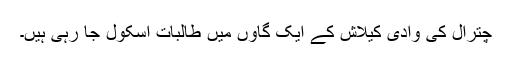
چترال کی وادیٔ کیلاش کے ایک گاؤں میں طالبات اسکول جا رہی ہیں۔